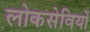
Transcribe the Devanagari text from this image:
लोकसेवियों